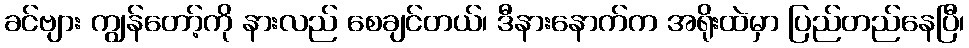
ခင်ဗျား ကျွန်တော့်ကို နားလည် စေချင်တယ်၊ ဒီနားနောက်က အရိုးထဲမှာ ပြည်တည်နေပြီ၊